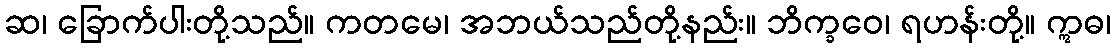
ဆ၊ ခြောက်ပါးတို့သည်။ ကတမေ၊ အဘယ်သည်တို့နည်း။ ဘိက္ခဝေ၊ ရဟန်းတို့။ ဣဓ၊